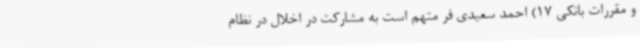
و مقررات بانکی 17) احمد سعیدی فر متهم است به مشارکت در اخلال در نظام